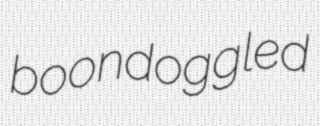
boondoggled